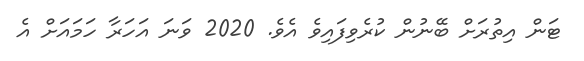
ޓަން އިތުރަށް ބޭނުން ކުރެވިފައިވެ އެވެ. 2020 ވަނަ އަހަރާ ހަމައަށް އެ